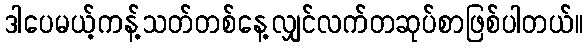
ဒါပေမယ့်ကန့်သတ်တစ်နေ့လျှင်လက်တဆုပ်စာဖြစ်ပါတယ်။